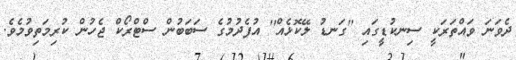
ދެވަނަ ވައްތަރަކީ ސިނކުޑީގައި ''ގަނޑު ލޭކޮޅެއް'' އުފެދުމުގެ ސަބަބުން ސްޓްރޯކް ޖެހުން ކުރިމަތިވުމެވެ.